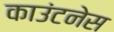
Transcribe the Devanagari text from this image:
काउंटनेस